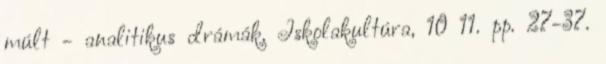
múlt - analitikus drámák. Iskolakultúra, 10 11. pp. 27-37.